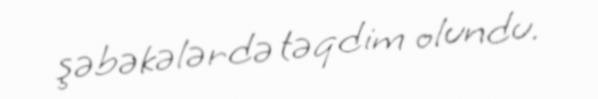
şəbəkələrdə təqdim olundu.